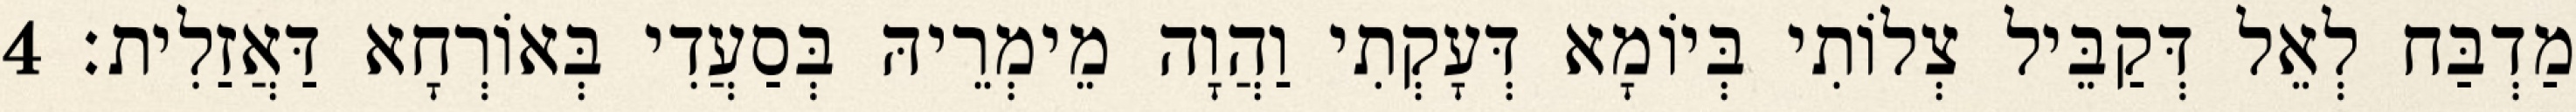
מַדְבַּח לְאֵל דְּקַבֵּיל צְלוֹתִי בְּיוֹמָא דְּעָקְתִי וַהֲוָה מֵימְרֵיהּ בְּסַעֲדִי בְּאוֹרְחָא דַּאֲזַלִית׃ 4